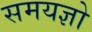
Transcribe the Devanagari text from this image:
समयज्ञो